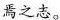
焉之志。